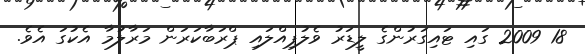
18 2009 ގައި ޓައިގަރުންގެ ލީޑަރު ވެލުޕިއްލައި ޕްރަބާކަރަން މަރާލުމާ އެކުގަ އެވެ.